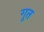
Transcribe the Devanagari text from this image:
गूत